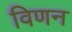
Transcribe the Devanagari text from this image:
विणन